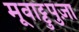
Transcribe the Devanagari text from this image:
मूवाट्टुपुज़ा